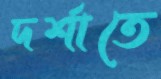
দর্শাতে